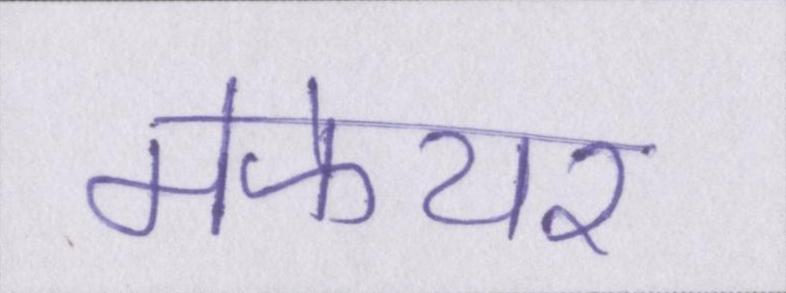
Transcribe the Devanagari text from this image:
मेफेयर